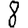
Digit: 8